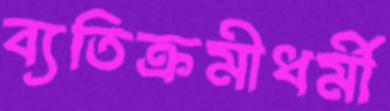
ব্যতিক্রমীধর্মী